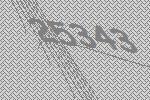
25343